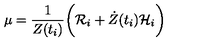
\mu = \frac { 1 } { Z ( t _ { i } ) } \biggr ( { \cal R } _ { i } + { \dot { Z } } ( t _ { i } ) { \cal H } _ { i } \biggl )